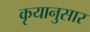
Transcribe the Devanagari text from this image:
कृयानुसार